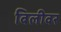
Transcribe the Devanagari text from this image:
बिलीवर